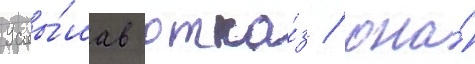
Услы́шав отка́з / она́